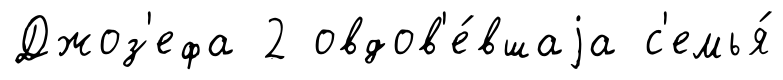
Джоз'ефа 2 овдов'е́вшаjа с'емья́